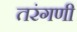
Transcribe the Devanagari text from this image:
तरंगणी